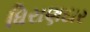
ધિરાણદાર